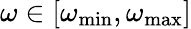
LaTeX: \omega\in[\omega_{\mathrm{min}},\omega_{\mathrm{max}}]